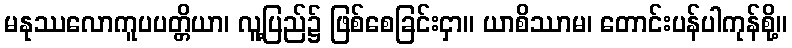
မနုဿလောကူပပတ္တိယာ၊ လူ့ပြည်၌ ဖြစ်စေခြင်းငှာ။ ယာစိဿာမ၊ တောင်းပန်ပါကုန်စို့။